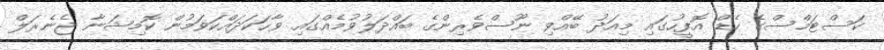
ކަސްޓަމްސްގެ ހެޑް އޮފީހުގައި މިއަދު ބޭއްވި ނޫސްވެރިންގެ ބައްދަލުވުމެއްގައި ވާހަކަދައްކަވަމުން ކޮމިޝަނާ ޖެނެރަލް